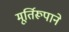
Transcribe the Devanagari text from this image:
मूर्तिरूपाने